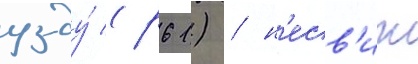
узду́ (р61) / н'есв'иж